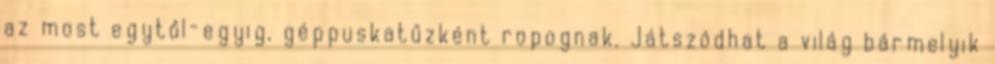
az most egytől-egyig, géppuskatűzként ropognak. Játszódhat a világ bármelyik